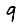
Digit: 9